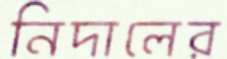
নিদালের